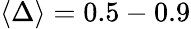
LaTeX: \langle\Delta\rangle=0.5-0.9